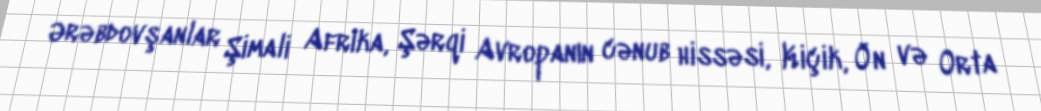
Ərəbdovşanlar Şimali Afrika, Şərqi Avropanın cənub hissəsi, Kiçik, Ön və Orta